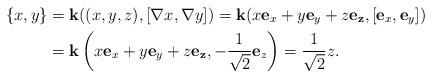
LaTeX: \begin{align*}\{x,y\}&={\bf k}((x,y,z),[\nabla x,\nabla y])={\bf k}(x{\bf e}_x+y{\bf e}_y+z{\bf e_z},[{\bf e}_x,{\bf e}_y])\\&={\bf k}\left(x{\bf e}_x+y{\bf e}_y+z{\bf e_z},-\frac{1}{\sqrt{2}}{\bf e}_z\right)=\frac{1}{\sqrt{2}}z.\end{align*}